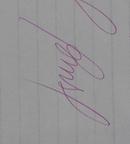
Signature authenticity: genuine